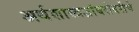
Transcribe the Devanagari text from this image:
अर्थशास्त्रज्ञांबरोबरीचे